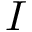
I